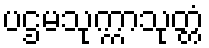
ပဌမသုက္ကာသုတ္တံ